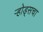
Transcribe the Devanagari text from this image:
ऱ्होड्सचा